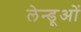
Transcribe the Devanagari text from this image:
लेन्डूओं